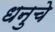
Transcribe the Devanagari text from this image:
धनुचे